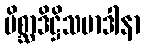
မိစ္ဆာဒိဋ္ဌိသမာဒါနာ